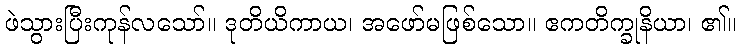
ဖဲသွားပြီးကုန်လသော်။ ဒုတိယိကာယ၊ အဖော်မဖြစ်သော။ ဧကတိက္ခုနိယာ၊ ၏။